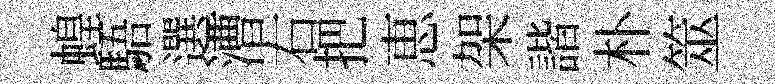
蝗䮏選漕右把恵架諧朴筮